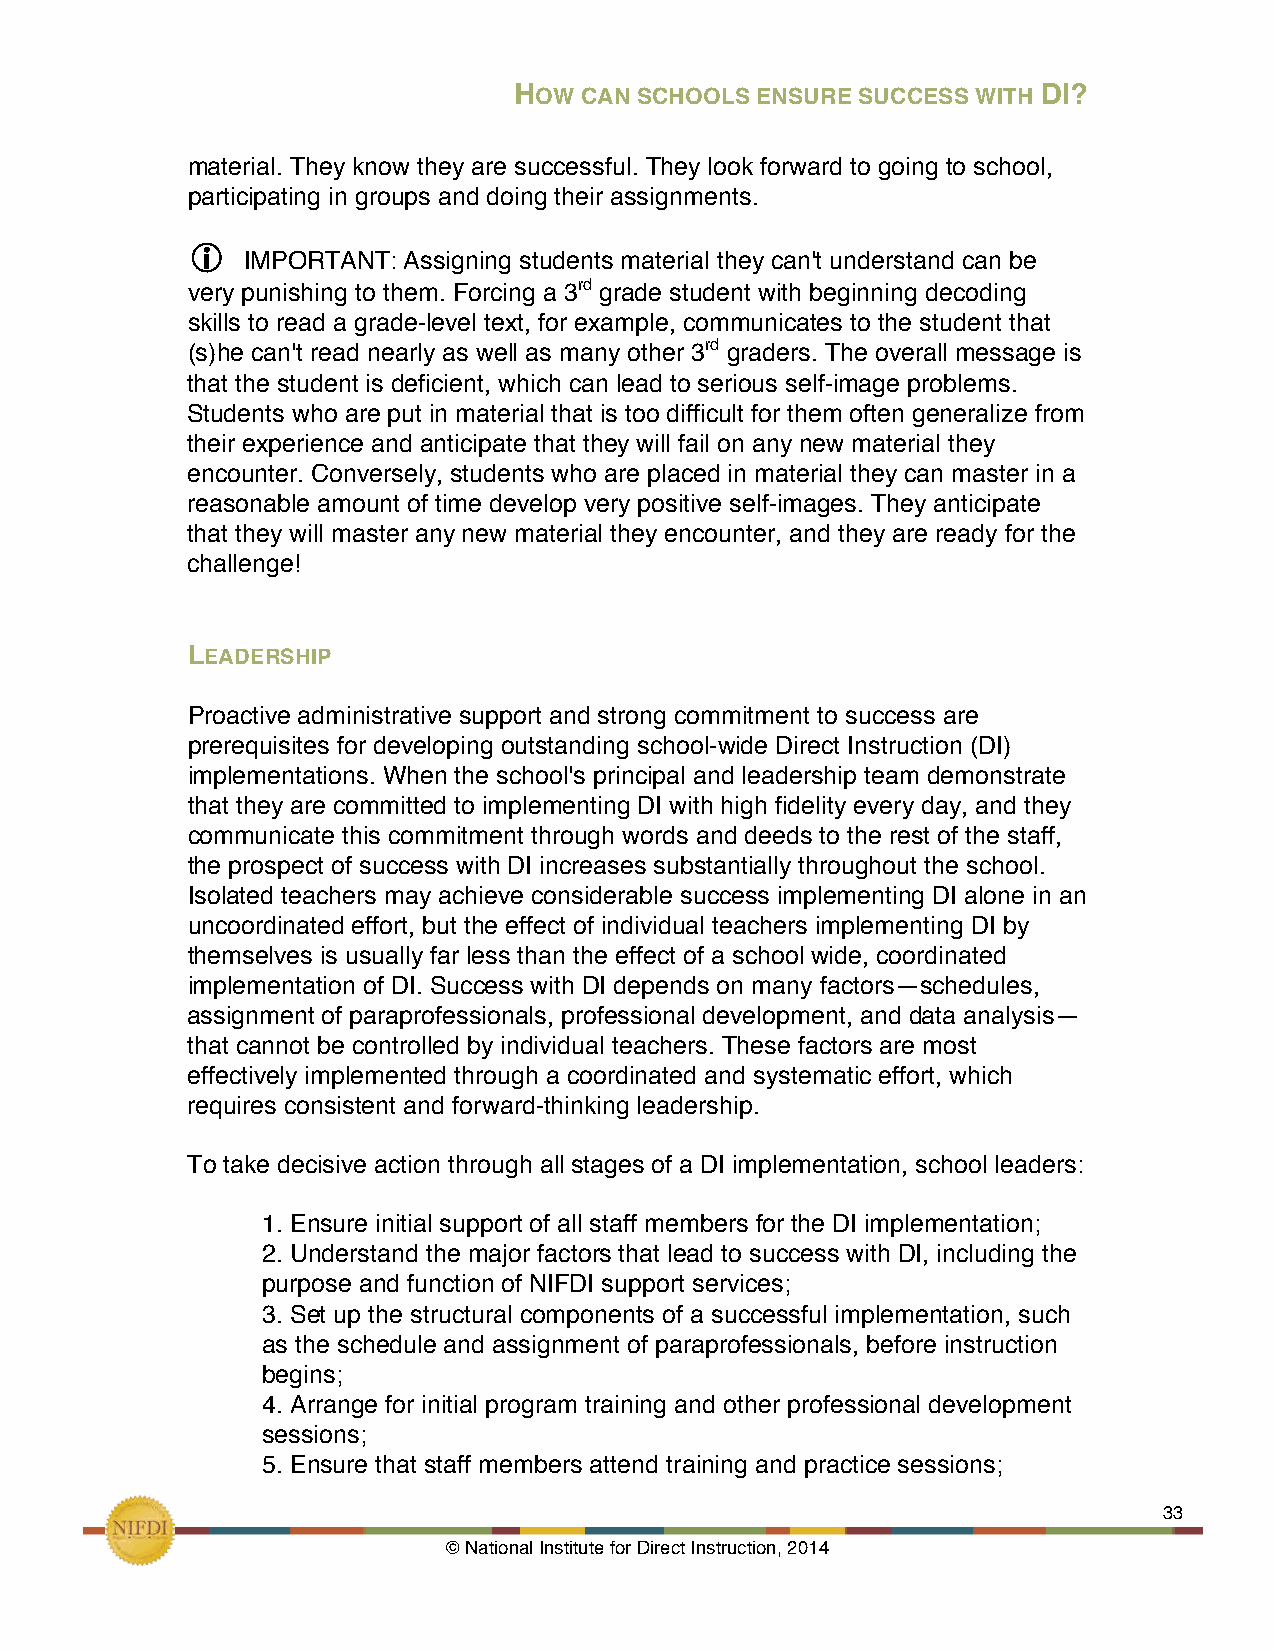
HOW CAN SCHOOLS ENSURE SUCCESS WITH DI?
 material. They know they are successful. They look forward to going to school,
 participating in groups and doing their assignments.
 
 IMPORTANT: Assigning students material they can't understand can be
 very punishing to them. Forcing a 3rd grade student with beginning decoding
 skills to read a grade-level text, for example, communicates to the student that
 (s)he can't read nearly as well as many other 3rd graders. The overall message is
 that the student is deficient, which can lead to serious self-image problems.
 Students who are put in material that is too difficult for them often generalize from
 their experience and anticipate that they will fail on any new material they
 encounter. Conversely, students who are placed in material they can master in a
 reasonable amount of time develop very positive self-images. They anticipate
 that they will master any new material they encounter, and they are ready for the
 challenge!
 LEADERSHIP
 Proactive administrative support and strong commitment to success are
 prerequisites for developing outstanding school-wide Direct Instruction (DI)
 implementations. When the school's principal and leadership team demonstrate
 that they are committed to implementing DI with high fidelity every day, and they
 communicate this commitment through words and deeds to the rest of the staff,
 the prospect of success with DI increases substantially throughout the school.
 Isolated teachers may achieve considerable success implementing DI alone in an
 uncoordinated effort, but the effect of individual teachers implementing DI by
 themselves is usually far less than the effect of a school wide, coordinated
 implementation of DI. Success with DI depends on many factors—schedules,
 assignment of paraprofessionals, professional development, and data analysis—
 that cannot be controlled by individual teachers. These factors are most
 effectively implemented through a coordinated and systematic effort, which
 requires consistent and forward-thinking leadership.
 To take decisive action through all stages of a DI implementation, school leaders:
 1. Ensure initial support of all staff members for the DI implementation;
 2. Understand the major factors that lead to success with DI, including the
 purpose and function of NIFDI support services;
 3. Set up the structural components of a successful implementation, such
 as the schedule and assignment of paraprofessionals, before instruction
 begins;
 4. Arrange for initial program training and other professional development
 sessions;
 5. Ensure that staff members attend training and practice sessions;
 !                                                             33
 © National Institute for Direct Instruction, 2014!